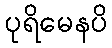
ပုရိမေနပိ